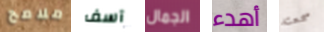
ملامح آسف الجمال أهدء سمعته